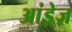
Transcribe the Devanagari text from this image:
आंड्रेज़